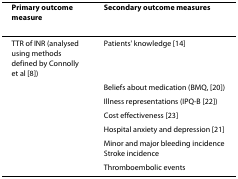
<table><thead><tr><td><b>Primary outcome measure</b></td><td><b>Secondary outcome measures</b></td></tr></thead><tbody><tr><td>TTR of INR (analysed using methods defined by Connolly et al [8])</td><td>Patients&#x27; knowledge [14]</td></tr><tr><td></td><td>Beliefs about medication (BMQ, [20])</td></tr><tr><td></td><td>Illness representations (IPQ-B [22])</td></tr><tr><td></td><td>Cost effectiveness [23]</td></tr><tr><td></td><td>Hospital anxiety and depression [21]</td></tr><tr><td></td><td>Minor and major bleeding incidence Stroke incidence</td></tr><tr><td></td><td>Thromboembolic events</td></tr></tbody></table>